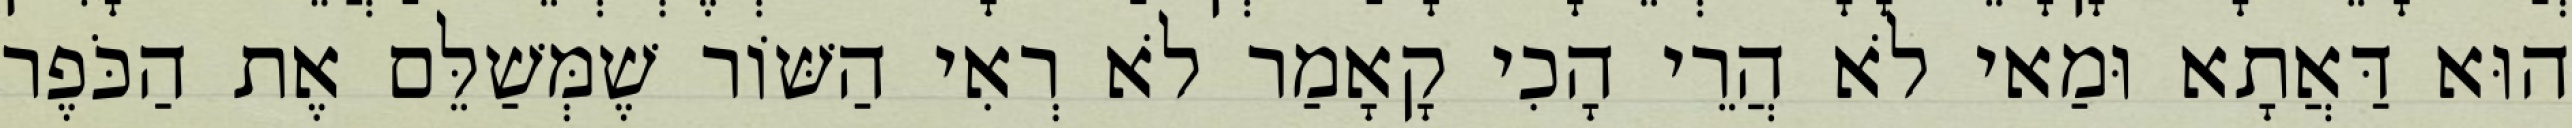
הוּא דַּאֲתָא וּמַאי לֹא הֲרֵי הָכִי קָאָמַר לֹא רְאִי הַשּׁוֹר שֶׁמְּשַׁלֵּם אֶת הַכֹּפֶר